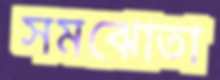
সমঝোতা